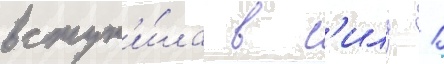
вступ'и́ла в с'илу 1